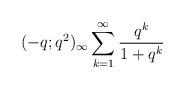
LaTeX: \begin{align*} (-q;q^2)_\infty \sum_{k=1}^\infty \frac{q^{k}}{1+q^k}\end{align*}